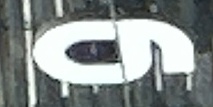
و